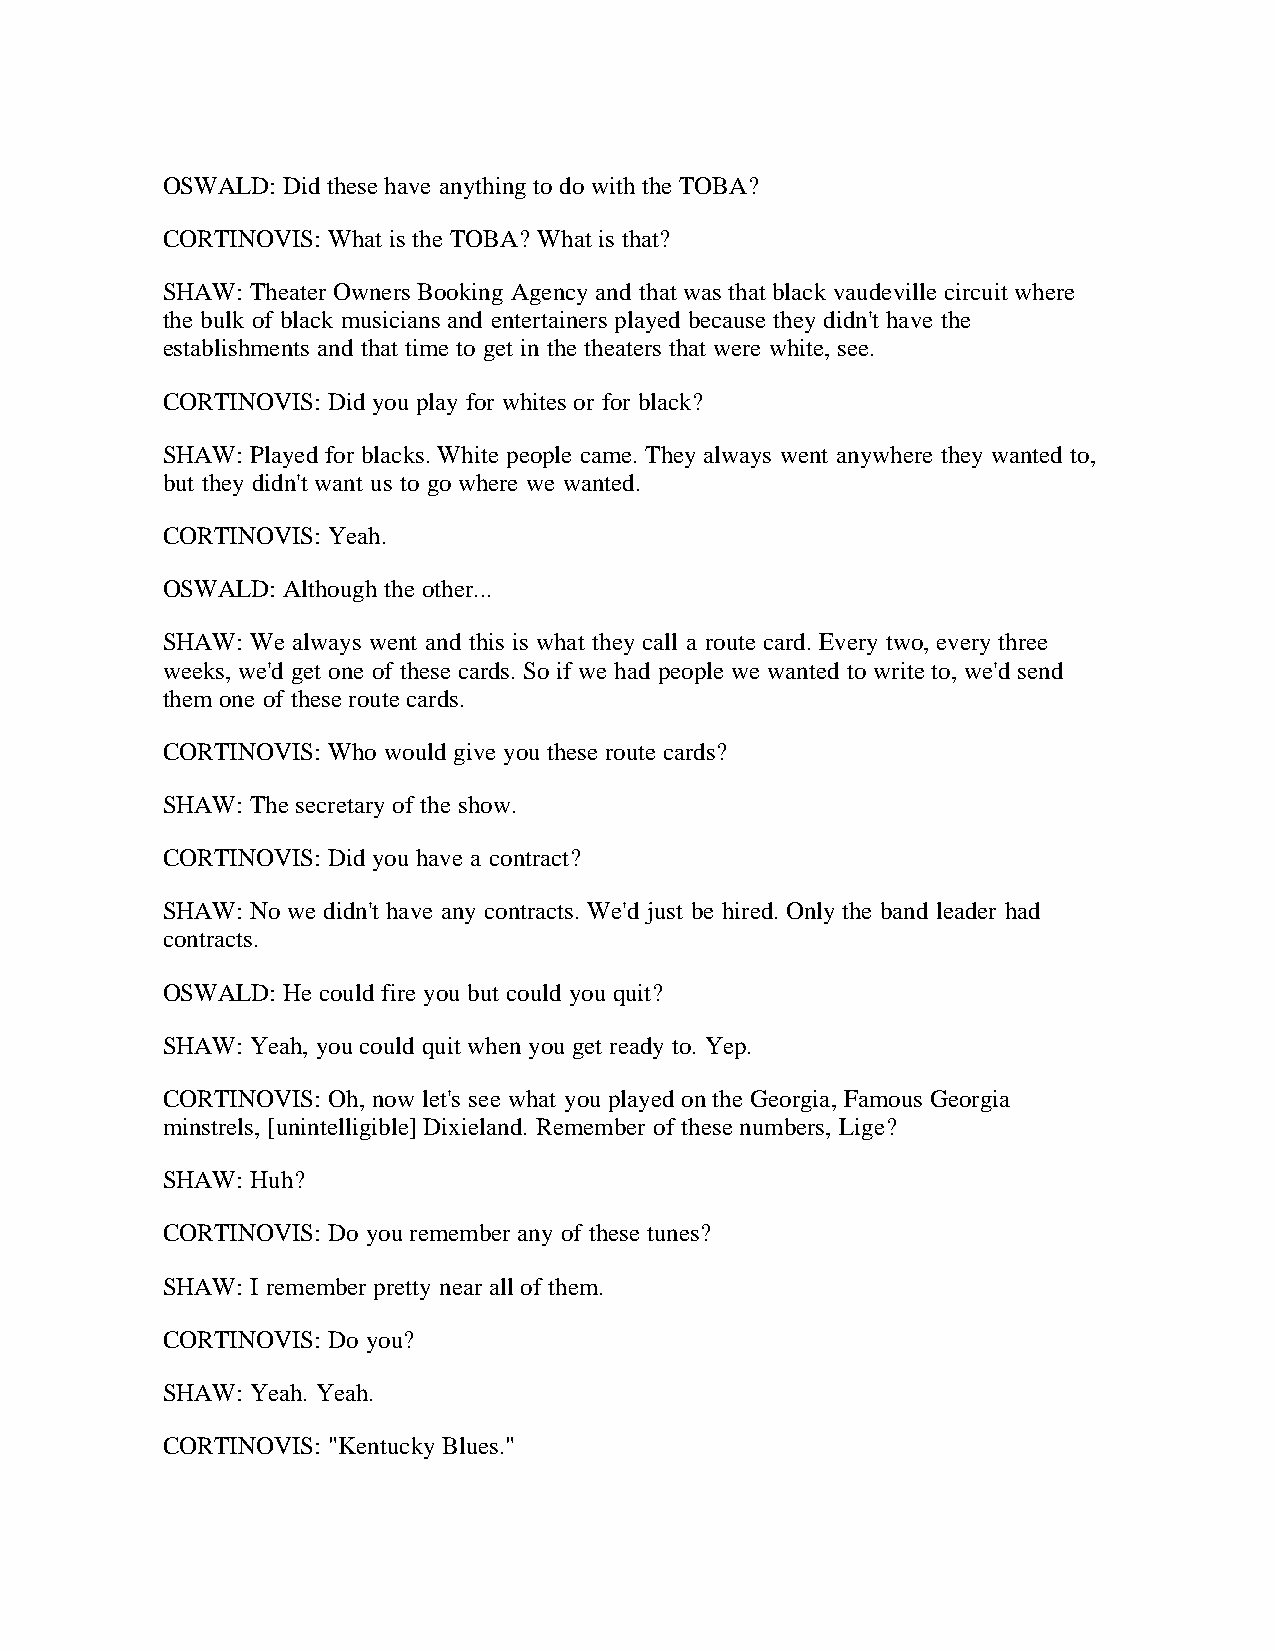
OSWALD: Did these have anything to do with the TOBA?
 CORTINOVIS: What is the TOBA? What is that?
 SHAW: Theater Owners Booking Agency and that was that black vaudeville circuit where
 the bulk of black musicians and entertainers played because they didn't have the
 establishments and that time to get in the theaters that were white, see.
 CORTINOVIS: Did you play for whites or for black?
 SHAW: Played for blacks. White people came. They always went anywhere they wanted to,
 but they didn't want us to go where we wanted.
 CORTINOVIS: Yeah.
 OSWALD: Although the other...
 SHAW: We always went and this is what they call a route card. Every two, every three
 weeks, we'd get one of these cards. So if we had people we wanted to write to, we'd send
 them one of these route cards.
 CORTINOVIS: Who would give you these route cards?
 SHAW: The secretary of the show.
 CORTINOVIS: Did you have a contract?
 SHAW: No we didn't have any contracts. We'd just be hired. Only the band leader had
 contracts.
 OSWALD: He could fire you but could you quit?
 SHAW: Yeah, you could quit when you get ready to. Yep.
 CORTINOVIS: Oh, now let's see what you played on the Georgia, Famous Georgia
 minstrels, [unintelligible] Dixieland. Remember of these numbers, Lige?
 SHAW: Huh?
 CORTINOVIS: Do you remember any of these tunes?
 SHAW: I remember pretty near all of them.
 CORTINOVIS: Do you?
 SHAW: Yeah. Yeah.
 CORTINOVIS: "Kentucky Blues."